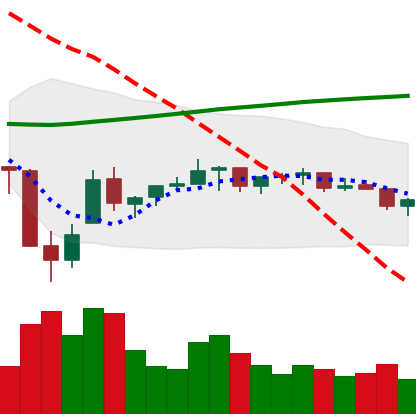
Ticker: TRX-USD
Chart end date: 2021-07-09
Forward return: -3.714%
Label: down_3_5